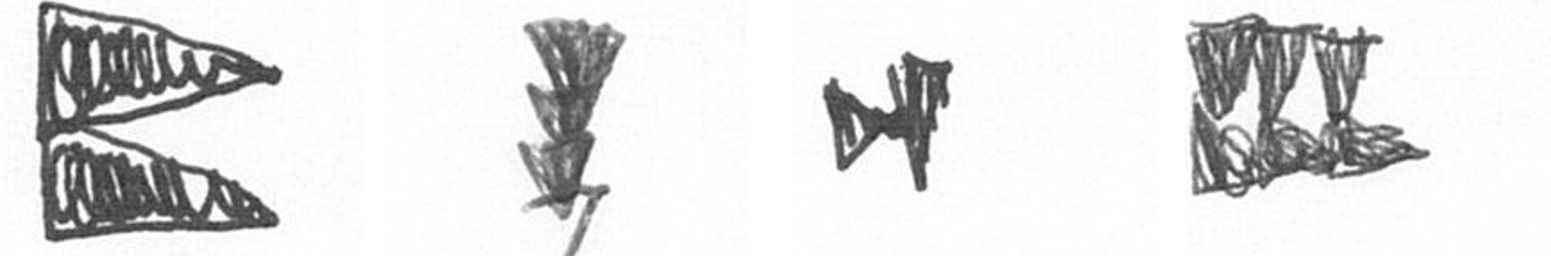
P E M D